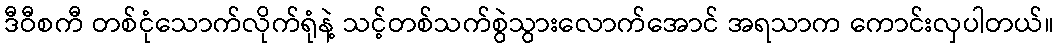
ဒီဝီစကီ တစ်ငုံသောက်လိုက်ရုံနဲ့ သင့်တစ်သက်စွဲသွားလောက်အောင် အရသာက ကောင်းလှပါတယ်။